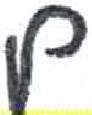
אות: ם